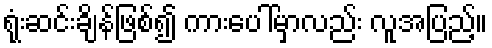
ရုံးဆင်းချိန်ဖြစ်၍ ကားပေါ်မှာလည်း လူအပြည့်။